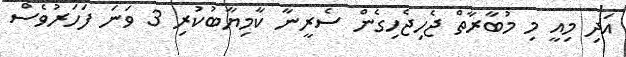
އަދި މިއީ މި މުބާރާތް ޖެހިޖެހިގެން ސެރީނާ ކާމިޔާބުކުރި 3 ވަނަ ފަހަރުވެސް